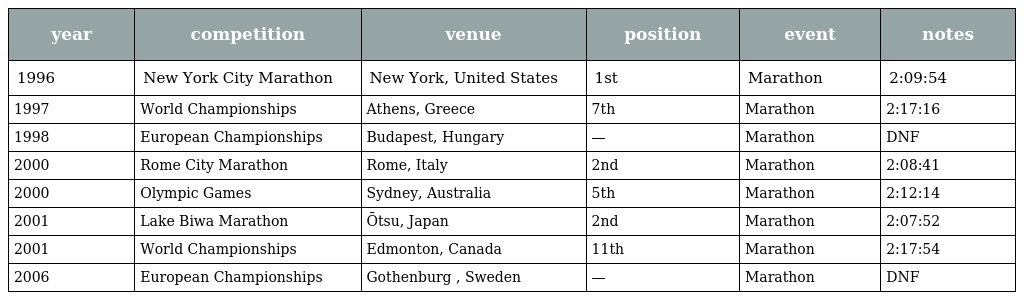
| year | competition | venue | position | event | notes |
 | --- | --- | --- | --- | --- | --- |
 | 1996 | New York City Marathon | New York, United States | 1st | Marathon | 2:09:54 |
 | 1997 | World Championships | Athens, Greece | 7th | Marathon | 2:17:16 |
 | 1998 | European Championships | Budapest, Hungary | — | Marathon | DNF |
 | 2000 | Rome City Marathon | Rome, Italy | 2nd | Marathon | 2:08:41 |
 | 2000 | Olympic Games | Sydney, Australia | 5th | Marathon | 2:12:14 |
 | 2001 | Lake Biwa Marathon | Ōtsu, Japan | 2nd | Marathon | 2:07:52 |
 | 2001 | World Championships | Edmonton, Canada | 11th | Marathon | 2:17:54 |
 | 2006 | European Championships | Gothenburg , Sweden | — | Marathon | DNF |